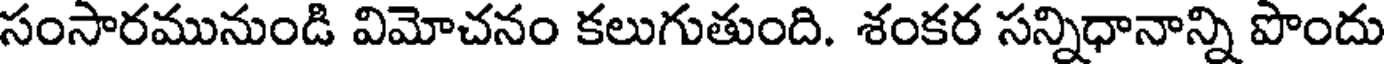
సంసారమునుండి విమోచనం కలుగుతుంది. శంకర సన్నిధానాన్ని పొందు